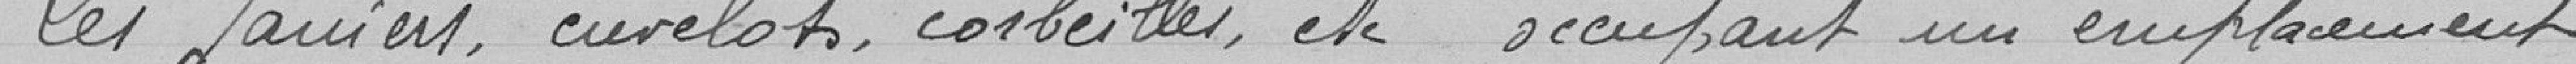
Les paniers, curelots, corbeilles, etc occupant un emplacement